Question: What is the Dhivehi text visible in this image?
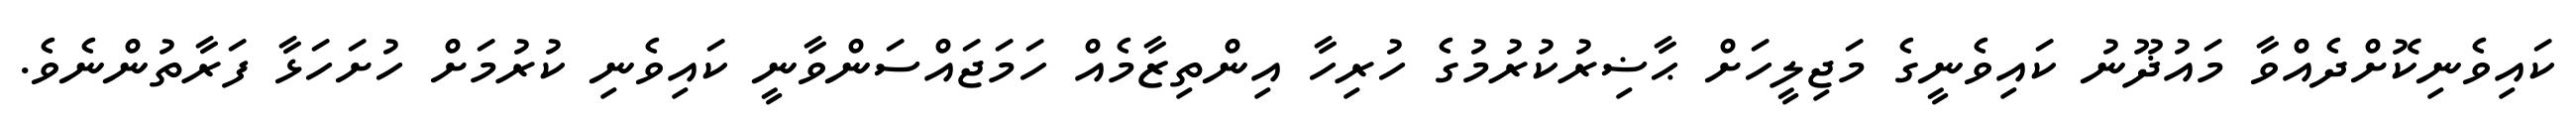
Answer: ކައިވެނިކޮށްދެއްވާ މައުޛޫނު ކައިވެނީގެ މަޖިލީހަށް ޙާޟިރުކުރުމުގެ ހުރިހާ އިންތިޒާމެއް ހަމަޖައްސަންވާނީ ކައިވެނި ކުރުމަށް ހުށަހަޅާ ފަރާތުންނެވެ.